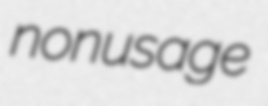
nonusage